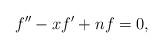
LaTeX: \begin{align*}f''-xf'+nf=0,\end{align*}